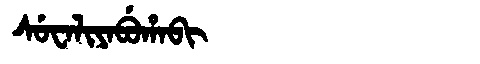
Manchu: ᠰᡠᠸᠠᠯᡳᠶᠠᠪᡠᡥᠠᠪᡳ
Romanization: SUWALIYABUHABI